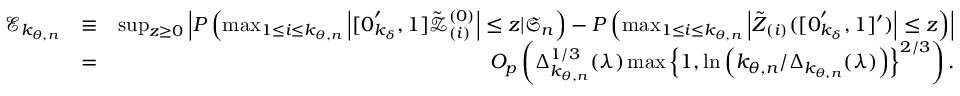
\begin{array} { r l r } { \mathcal { E } _ { k _ { \theta , n } } } & { \equiv } & { \operatorname* { s u p } _ { z \geq 0 } \left\vert P \left( \operatorname* { m a x } _ { 1 \leq i \leq k _ { \theta , n } } \left\vert [ \boldsymbol { 0 } _ { k _ { \delta } } ^ { \prime } , 1 ] \mathcal { \tilde { Z } } _ { ( i ) } ^ { ( 0 ) } \right\vert \leq z | \mathfrak { S } _ { n } \right) - P \left( \operatorname* { m a x } _ { 1 \leq i \leq k _ { \theta , n } } \left\vert \boldsymbol { \tilde { Z } } _ { ( i ) } ( [ \boldsymbol { 0 } _ { k _ { \delta } } ^ { \prime } , 1 ] ^ { \prime } ) \right\vert \leq z \right) \right\vert } \\ & { = } & { O _ { p } \left( \Delta _ { k _ { \theta , n } } ^ { 1 / 3 } ( \lambda ) \operatorname* { m a x } \left\{ 1 , \ln \left( k _ { \theta , n } / \Delta _ { k _ { \theta , n } } ( \lambda ) \right) \right\} ^ { 2 / 3 } \right) . } \end{array}